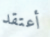
أعتقد